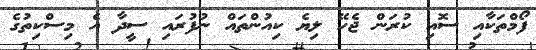
ފޯމްތަކާއި ސޮއި ކުރަން ޖެހޭ ލިޔެ ކިއުންތައް ނުފުރައި ސީދާ އެ މިސްކިތުގެ